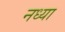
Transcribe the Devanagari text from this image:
नध्या